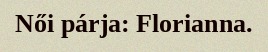
Női párja: Florianna.